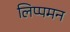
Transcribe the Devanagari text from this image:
लिप्पमन